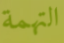
التهمة